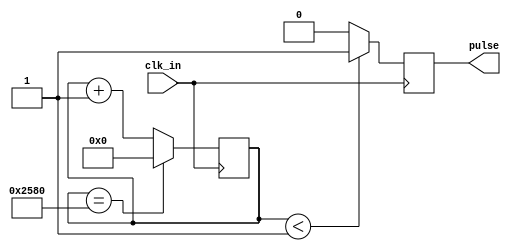
// count = (clk_in / clk_out)
// Configuracin a 2 Hz
// count = (19200 Hz)/(2 Hz) = 9600
// SIZE = 2^14 = 16384 lo contiene 
// LIMIT = 9600

module counter #(
  parameter SIZE=14,
  parameter LIMIT=14'd9600,
  parameter WIDTH_PULSE=14'd1
)(
  input clk_in,
  output reg pulse = 0
);

reg [SIZE-1:0] count = 0;

always@(posedge clk_in)
begin
  count <= count + 1'd1;
  if(count < WIDTH_PULSE)
  begin
    pulse <= 1'd1;
  end
  else
  begin
    pulse <= 1'd0;
  end
  if(count == LIMIT)
  begin
    count <= 0;
  end
end

endmodule